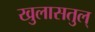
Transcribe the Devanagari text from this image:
खुलासतुल्